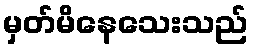
မှတ်မိနေသေးသည်